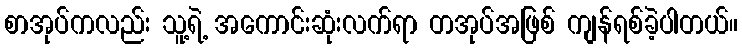
စာအုပ်ကလည်း သူ့ရဲ့ အကောင်းဆုံးလက်ရာ တအုပ်အဖြစ် ကျန်ရစ်ခဲ့ပါတယ်။